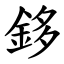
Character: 鉹